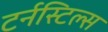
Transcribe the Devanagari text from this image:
टर्नस्टिल्स